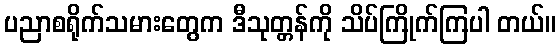
ပညာစရိုက်သမားတွေက ဒီသုတ္တန်ကို သိပ်ကြိုက်ကြပါ တယ်။